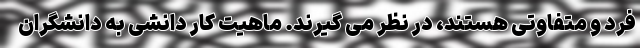
فرد و متفاوتی هستند، در نظر می گیرند. ماهیت کار دانشی به دانشگران